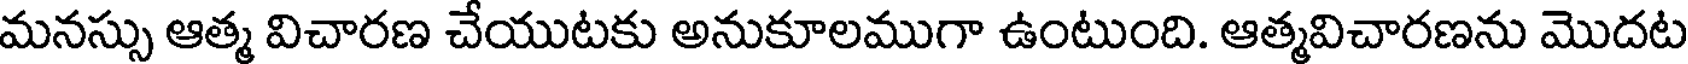
మనస్సు ఆత్మ విచారణ చేయుటకు అనుకూలముగా ఉంటుంది. ఆత్మవిచారణను మొదట